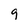
Character: 9